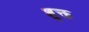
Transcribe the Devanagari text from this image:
शुक्त